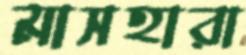
মাসহারা